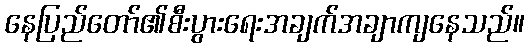
နေပြည်တော်၏စီးပွားရေးအချက်အချာကျနေသည်။